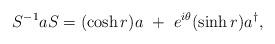
LaTeX: \begin{align*}S^{-1}aS = (\cosh r)a ~+~e^{i\theta}(\sinh r)a^{\dagger} ,\end{align*}